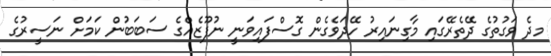
މދެ ވަގުތުގެ ދޭތެރޭގައި މާގިނައިރު ހޭދަވެގެން ގޮސްފައިވަނީ ނުފޫޒެއްގެ ސަބަބުން ކަމަށް ނަސީރުގެ